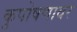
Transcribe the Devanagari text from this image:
कुपोषणावर